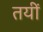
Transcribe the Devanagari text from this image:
तयीं